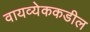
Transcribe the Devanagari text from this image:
वायव्येककडील